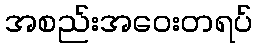
အစည်းအဝေးတရပ်